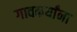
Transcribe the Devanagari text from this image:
गावकर्यांना